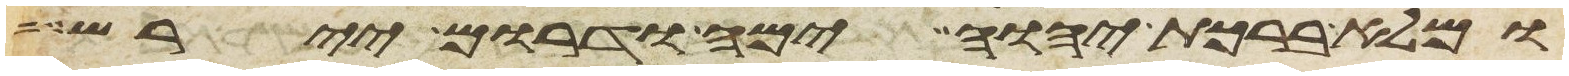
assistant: ומלא ברכת יהוה ימה ודרום יירש